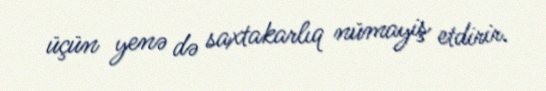
üçün yenə də saxtakarlıq nümayiş etdirir.